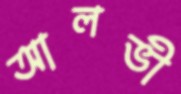
আলভী